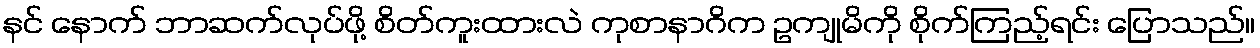
နင် နောက် ဘာဆက်လုပ်ဖို့ စိတ်ကူးထားလဲ ကုစာနာဂိက ဥကျုမိကို စိုက်ကြည့်ရင်း ပြောသည်။